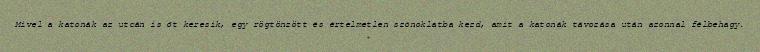
Mivel a katonák az utcán is őt keresik, egy rögtönzött és értelmetlen szónoklatba kezd, amit a katonák távozása után azonnal félbehagy.